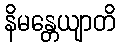
နိမန္တေယျာတိ